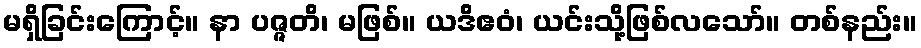
မရှိခြင်းကြောင့်။ နာ ပဇ္ဇတိ၊ မဖြစ်။ ယဒိဧဝံ၊ ယင်းသို့ဖြစ်လသော်။ တစ်နည်း။